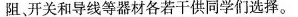
阻，开关和导线等器材各若干供同学们选择。